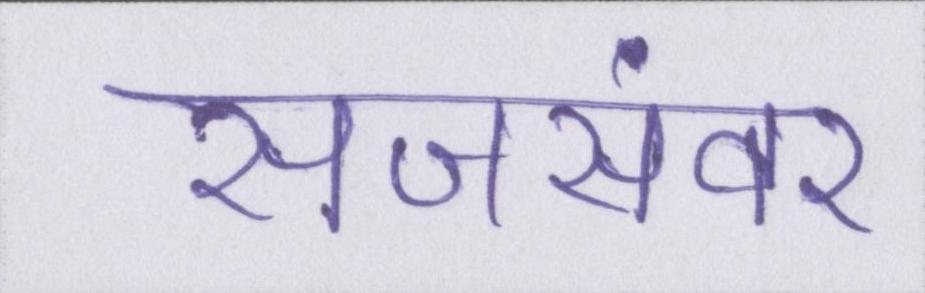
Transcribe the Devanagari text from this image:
सजसंवर